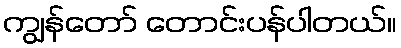
ကျွန်တော် တောင်းပန်ပါတယ်။